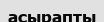
асырапты